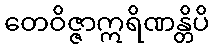
တေဝိဇ္ဇာဣရိဏန္တိပိ